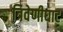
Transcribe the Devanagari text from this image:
त्रिवेणीघाट